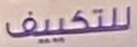
للتكييف